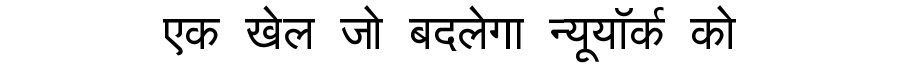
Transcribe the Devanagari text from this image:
एक खेल जो बदलेगा न्यूयॉर्क को